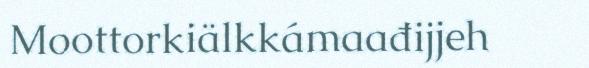
Moottorkiälkkámaađijjeh